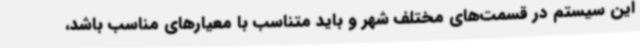
این سیستم در قسمت‌های مختلف شهر و باید متناسب با معیارهای مناسب باشد،